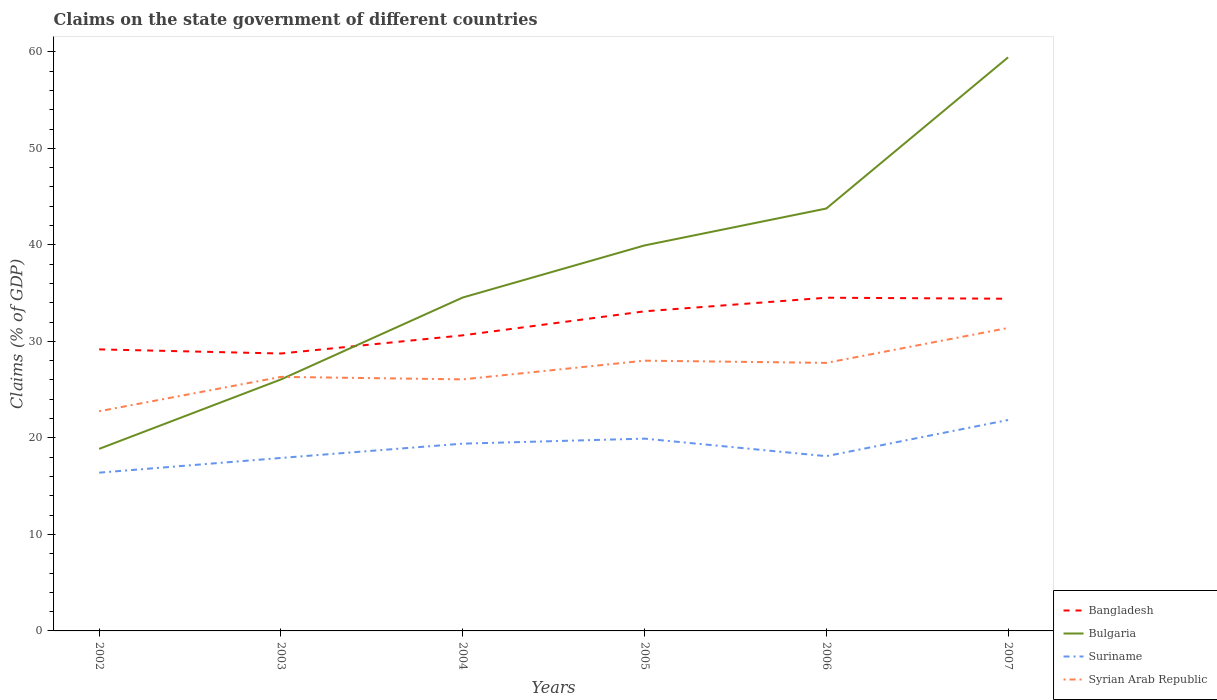
| Years | Bangladesh | Bulgaria | Suriname | Syrian Arab Republic |
 | --- | --- | --- | --- | --- |
 | 2002 | 29.2 | 18.9 | 16.4 | 22.8 |
 | 2003 | 28.7 | 26.1 | 17.9 | 26.3 |
 | 2004 | 30.6 | 34.5 | 19.4 | 26.1 |
 | 2005 | 33.1 | 39.9 | 19.9 | 28 |
 | 2006 | 34.5 | 43.8 | 18.1 | 27.8 |
 | 2007 | 34.4 | 59.4 | 21.9 | 31.4 |